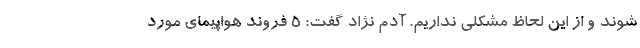
شوند و از این لحاظ مشکلی نداریم. آدم نژاد گفت: 5 فروند هواپیمای مورد